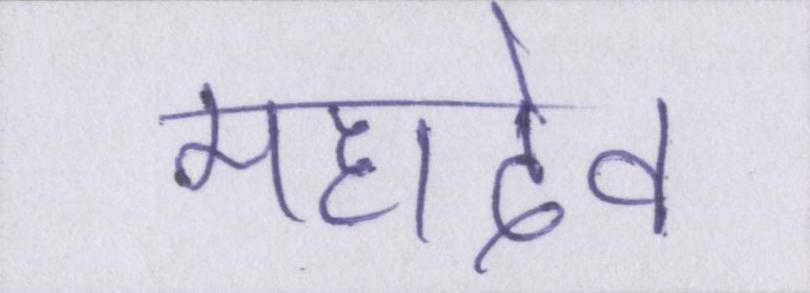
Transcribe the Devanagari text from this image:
महादेव